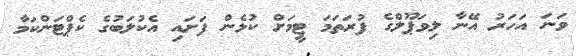
ވަނަ އަހަރު އޭނާ ލިވަޕޫލްގެ ފުރަތަމަ ޓީމަށް ކުޅެން ފަަށައި އެކުލަބުގެ ކެޕްޓަންކަމާ